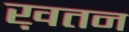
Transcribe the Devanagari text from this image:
ख़तन